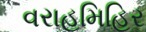
વરાહમિહિર